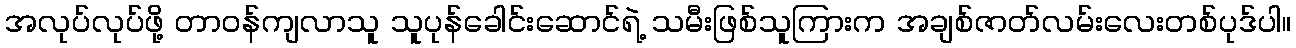
အလုပ်လုပ်ဖို့ တာဝန်ကျလာသူ သူပုန်ခေါင်းဆောင်ရဲ့ သမီးဖြစ်သူကြားက အချစ်ဇာတ်လမ်းလေးတစ်ပုဒ်ပါ။